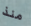
منذ